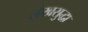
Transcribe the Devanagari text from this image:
लेखसुद्धा